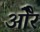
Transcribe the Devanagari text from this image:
ओेैर